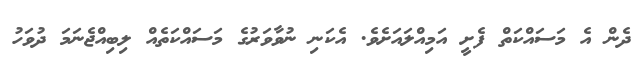
ދެން އެ މަސައްކަތް ފެށީ އަމިއްލައަށެވެ. އެކަނި ނުވާވަރުގެ މަސައްކަތެއް ލިބިއްޖެނަމަ ދުވަހު